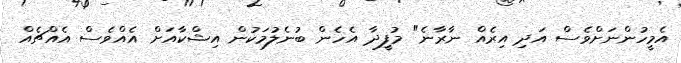
އެމީހުންނަށްވެސް އަދި އިރެއް ނާރާނެ" މުފީދާ އެހެން ބުނެލުމަކުން އިޝްކާއަށް އެއްވެސް އެއްޗެއް